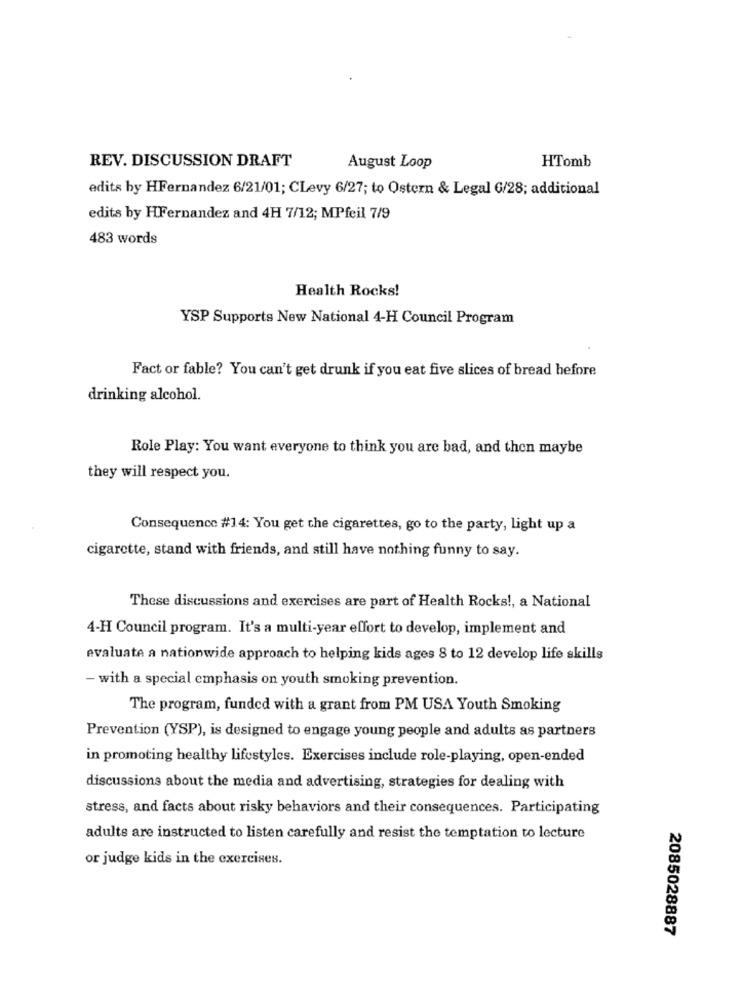
REV. DISCUSSION DRAFT
HTomb
August Loop
edits by HFernandez 6/21/01; CLevy 6/27; to Ostern & Legal 6/28; additional
edits by HFernandez and 4H 7/12; MPfeil 7/9
483 words
Health Rocks!
YSP Supports New National 4-H Council Program
Fact or fable? You can't get drunk if you eat five slices of bread before
drinking alcohol.
Role Play: You want everyone to think you are bad, and then maybe
they will respect you.
Consequence #14: You get the cigarettes, go to the party, light up a
cigarette, stand with friends, and still have nothing funny to say.
These discussions and exercises are part of Health Rocks !, a National
4-H Council program. It's a multi-year effort to develop, implement and
evaluate a nationwide approach to helping kids ages 8 to 12 develop life skills
- with a special emphasis on youth smoking prevention.
The program, funded with a grant from PM USA Youth Smoking
Prevention (YSP), is designed to engage young people and adults as partners
in promoting healthy lifestyles. Exercises include role-playing, open-ended
discussions about the media and advertising, strategies for dealing with
stress, and facts about risky behaviors and their consequences. Participating
adults are instructed to listen carefully and resist the temptation to lecture
or judge kids in the exercises.
2085028887